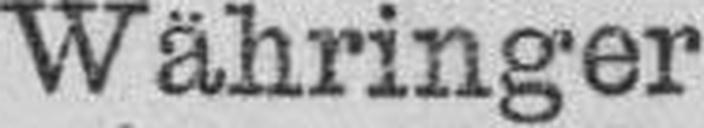
Währinger